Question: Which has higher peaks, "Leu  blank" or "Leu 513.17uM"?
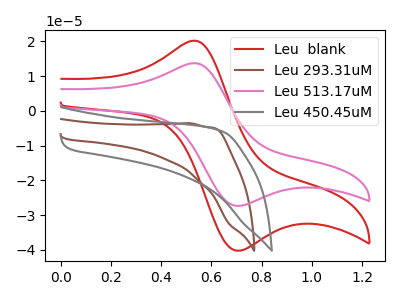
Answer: <think>The red curve "Leu  blank" has an anodic peak at (0.55V, 20.20uA) and a cathodic peak at (0.70V, -40.15uA). The brown curve "Leu 293.31uM" has no peaks. The pink curve "Leu 513.17uM" has an anodic peak at (0.55V, 13.70uA) and a cathodic peak at (0.70V, -27.30uA). The gray curve "Leu 450.45uM" has no peaks.</think>
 <answer>Every peak in "Leu  blank" is higher than every peak in "Leu 513.17uM".</answer>
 <eval>higher</eval>